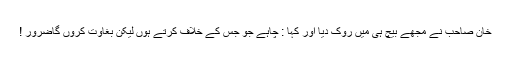
خان صاحب نے مجھے بیچ ہی میں روک دیا اور کہا : چاہے جو جس کے خلاف کرتے ہوں لیکن بغاوت کروں گاضرور !